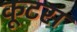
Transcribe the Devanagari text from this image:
कूटस